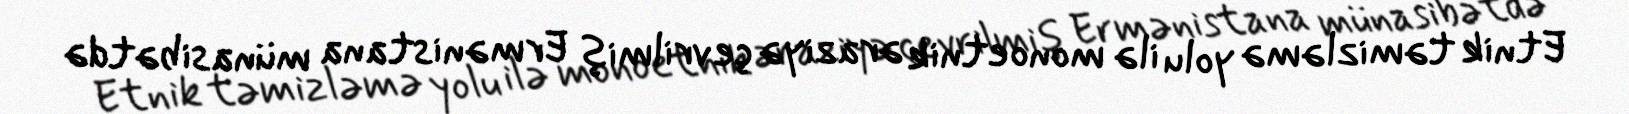
Etnik təmizləmə yolu ilə monoetnik əraziyə çevrilmiş Ermənistana münasibətdə